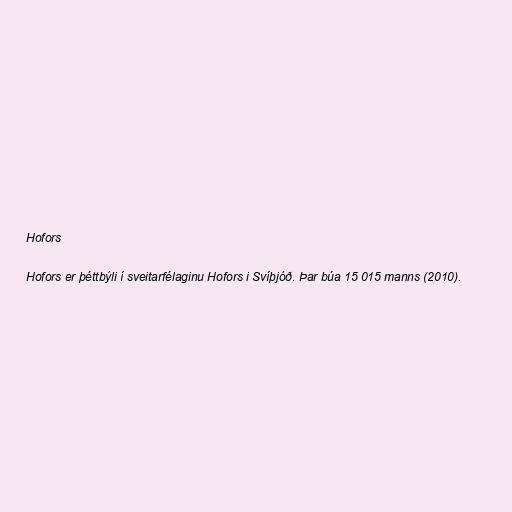
Hofors

Hofors er þéttbýli í sveitarfélaginu Hofors i Svíþjóð. Þar búa 15 015 manns (2010).